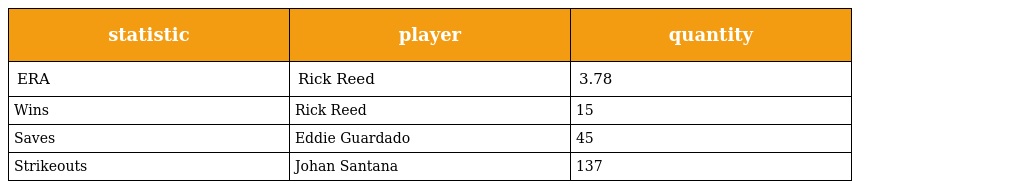
| statistic | player | quantity |
 | --- | --- | --- |
 | ERA | Rick Reed | 3.78 |
 | Wins | Rick Reed | 15 |
 | Saves | Eddie Guardado | 45 |
 | Strikeouts | Johan Santana | 137 |